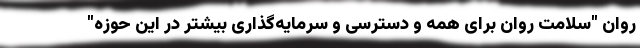
روان "سلامت روان برای همه و دسترسی و سرمایه‌گذاری بیشتر در این حوزه"